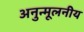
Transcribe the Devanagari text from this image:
अनुन्मूलनीय